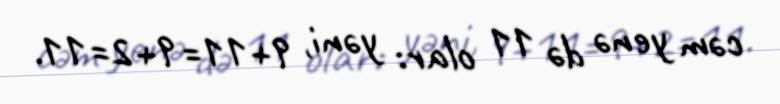
cəm yenə də 11 olar: yəni, 9+11=9+2=11.